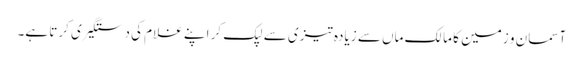
آسمان و زمین کا مالک ماں سے زیادہ تیزی سے لپک کر اپنے غلام کی دستگیری کرتا ہے۔